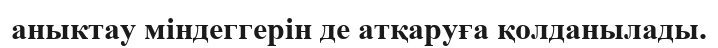
аныктау міндеггерін де атқаруға қолданылады.